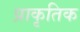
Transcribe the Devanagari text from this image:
प्राकृतिक